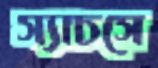
স্যাচসে